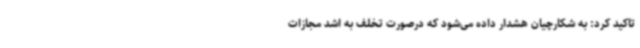
تاکید کرد: به شکارچیان هشدار داده می‌شود که درصورت تخلف به اشد مجازات